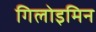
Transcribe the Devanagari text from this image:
गिलोइमिन